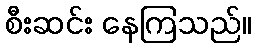
စီးဆင်း နေကြသည်။